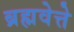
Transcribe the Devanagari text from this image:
ब्रह्मवेत्ते